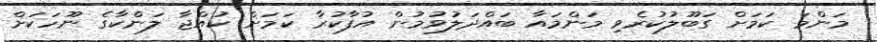
މަންމަ ކަމަށް ގަބޫލުކުރެވި މަންމައާ ބައްދަލުވުމުން އުފާކުރާ ކަމަށް ކުއްޖާ ލަންކާގެ ނޫހަކަށް